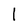
Character: 1